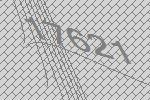
17621